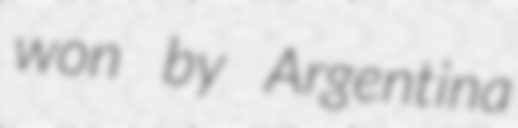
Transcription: won by Argentina